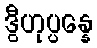
ဒွီဟုပ္ပန္နေ